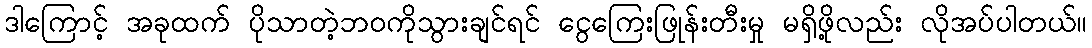
ဒါကြောင့် အခုထက် ပိုသာတဲ့ဘဝကိုသွားချင်ရင် ငွေကြေးဖြုန်းတီးမှု မရှိဖို့လည်း လိုအပ်ပါတယ်။